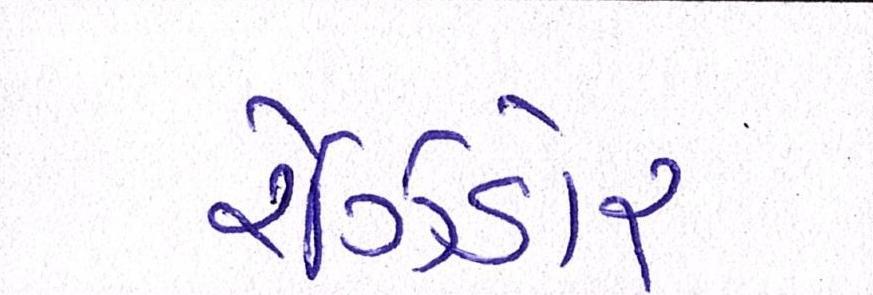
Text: રેઝિડોર